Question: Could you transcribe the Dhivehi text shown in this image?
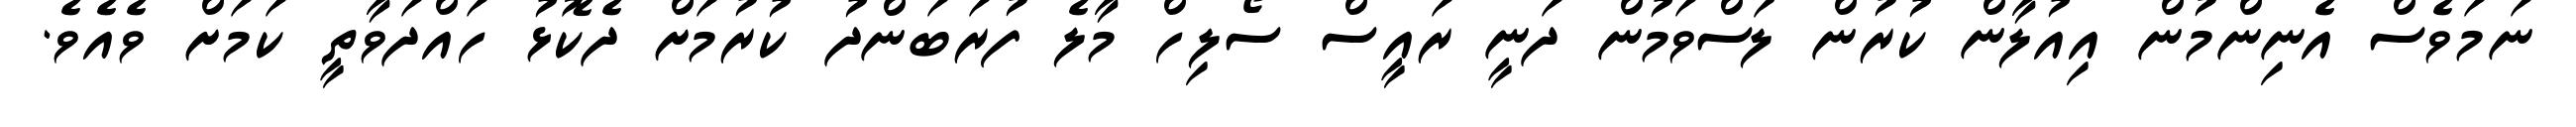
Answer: ނަމަވެސް އެނިންމުން އިއުލާން ކުރުން ލަސްވަމުން ދަނީ ރައީސް ސޯލިހް މާލެ ފުރަބަންދު ކުރުމަށް ދެކޮޅު ހައްދަވާތީ ކަމަށް ވެއެވެ.